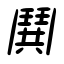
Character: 鬨